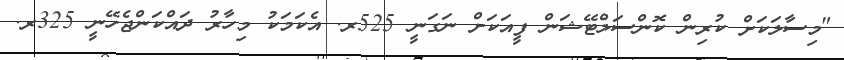
"މިސާލަކަށް ކުރިން ކޮންސަލްޓޭޝަން ފީއަކަށް ނަގަނީ 525ރ. އެކަމަކު މިހާރު ދައްކަންޖެހޭނީ 325ރ.